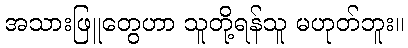
အသားဖြူတွေဟာ သူတို့ရန်သူ မဟုတ်ဘူး။